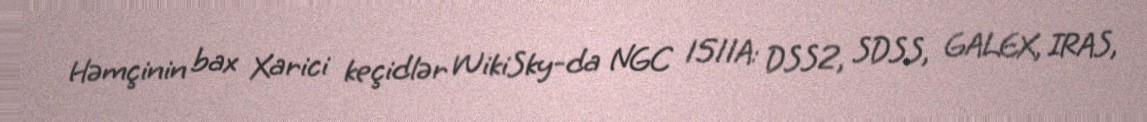
Həmçinin bax Xarici keçidlər WikiSky-da NGC 1511A: DSS2, SDSS, GALEX, IRAS,